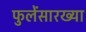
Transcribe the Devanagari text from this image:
फुलेंसारख्या